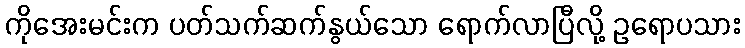
ကိုအေးမင်းက ပတ်သက်ဆက်နွယ်သော ရောက်လာပြီလို့ ဥရောပသား